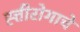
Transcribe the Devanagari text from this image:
ह्त्तीरोगाचे